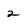
Character: 2